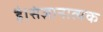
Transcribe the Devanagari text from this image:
है।संज्ञानात्मक